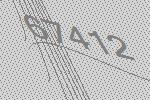
67412